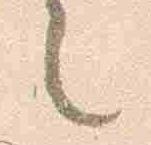
也